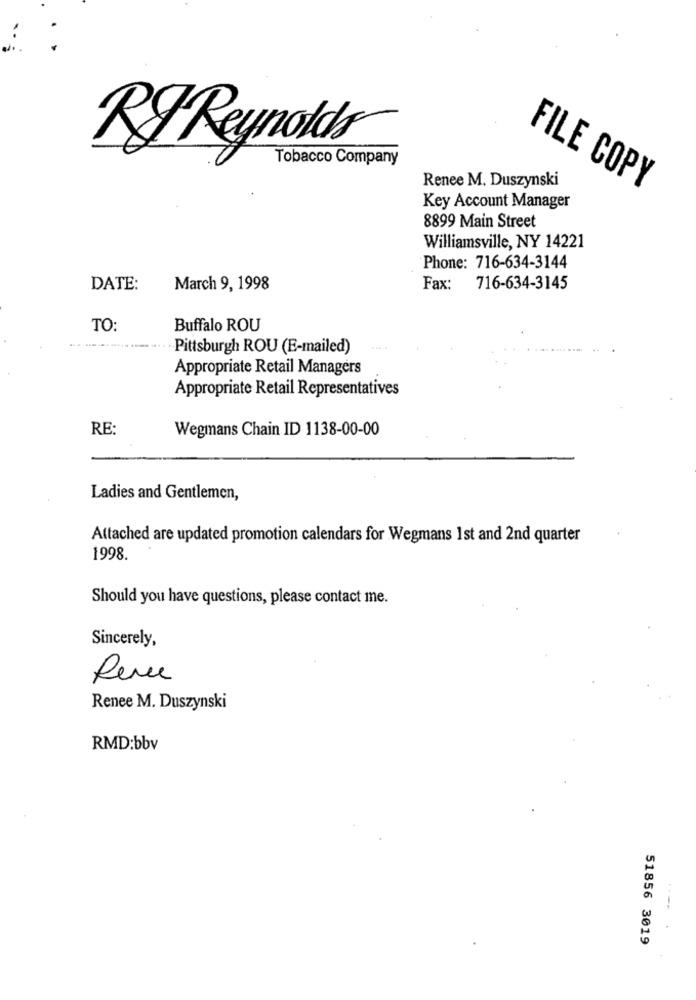
RIReynolds®
Tobacco Company
Renee M. Duszynski
FILE COPY
Key Account Manager
8899 Main Street
Williamsville, NY 14221
Phone: 716-634-3144
DATE:
March 9, 1998
Fax: 716-634-3145
TO:
Buffalo ROU
...... ..... .... .. . .. Pittsburgh ROU (E-mailed)
Appropriate Retail Managers
Appropriate Retail Representatives
RE:
Wegmans Chain ID 1138-00-00
Ladies and Gentlemen,
Attached are updated promotion calendars for Wegmans 1st and 2nd quarter
1998.
Should you have questions, please contact me.
Sincerely,
Rene
Renee M. Duszynski
RMD:bbv
51856 3019